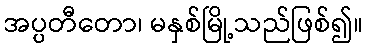
အပ္ပတီတော၊ မနှစ်မြို့သည်ဖြစ်၍။